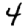
Digit: 4